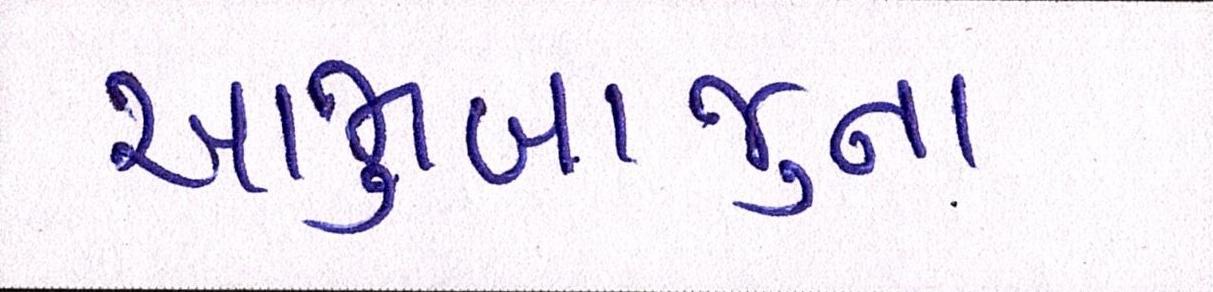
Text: આજુબાજુના